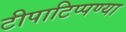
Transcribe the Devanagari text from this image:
टीपाटिप्पण्या